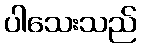
ပါသေးသည်